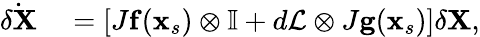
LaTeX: \begin{array}{rl}{\dot{\delta\mathbf{X}}}&{{}=\left[J\mathbf{f}(\mathbf{x}_{s})\otimes{\mathbb I}+d{\cal L}\otimes J\mathbf{g}(\mathbf{x}_{s})\right]\delta\mathbf{X},}\end{array}